Report of the Indian Hemp Drugs Commission, 1894-1895 - Volume VIII
Year: 1894
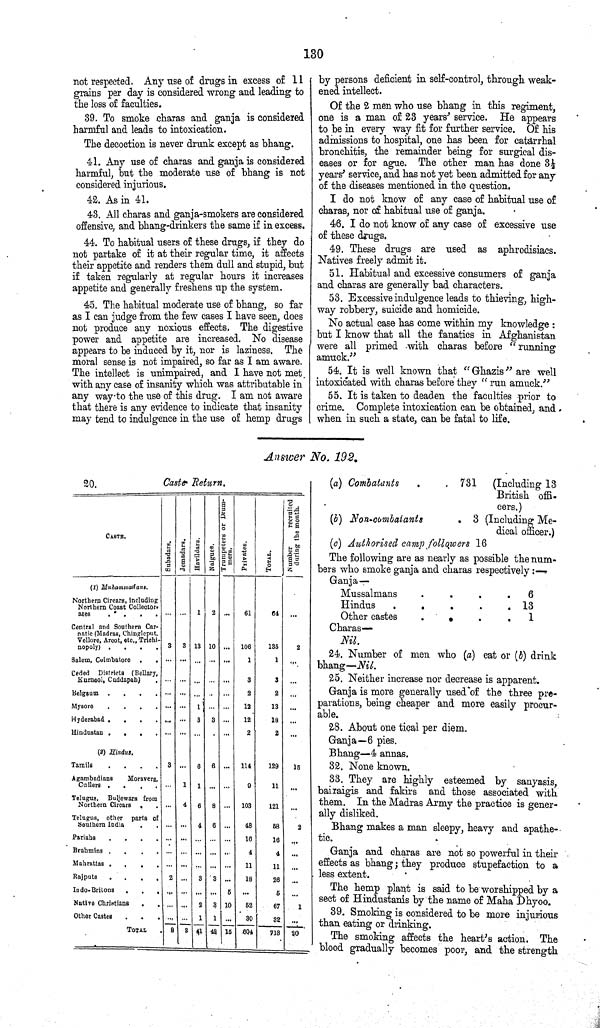
130
not respected. Any use of drugs in excess of 11
grains per day is considered wrong and leading to
the loss of faculties.
39. To smoke charas and ganja is considered
harmful and leads to intoxication.
The decoction is never drunk except as bhang.
41. Any use of charas and ganja is considered
harmful, but the moderate use of bhang is not
considered injurious.
42. As in 41.
43. All charas and ganja-smokers are considered
offensive, and bhang-drinkers the same if in excess.
44. To habitual users of these drugs, if they do
not partake of it at their regular time, it affects
their appetite and renders them dull and stupid, but
if taken regularly at regular hours it increases
appetite and generally freshens up the system.
45. The habitual moderate use of bhang, so far
as I can judge from the few cases I have seen, does
not produce any noxious effects. The digestive
power and appetite are increased. No disease
appears to be induced by it, nor is laziness. The
moral sense is not impaired, so far as I am aware.
The intellect is unimpaired, and I have not met
with any case of insanity which was attributable in
any way to the use of this drug. I am not aware
that there is any evidence to indicate that insanity
may tend to indulgence in the use of hemp drugs
by persons deficient in self-control, through weak¬
ened intellect.
Of the 2 men who use bhang in this regiment,
one is a man of 23 years' service. He appears
to be in every way fit for further service. Of his
admissions to hospital, one has been for catarrhal
bronchitis, the remainder being for surgical dis¬
eases or for ague. The other man has done 31/2
years' service, and has not yet been admitted for any
of the diseases mentioned in the question.
I do not know of any case of habitual use of
charas, nor of habitual use of ganja.
46. I do not know of any case of excessive use
of these drugs.
49. These drugs are used as aphrodisiacs.
Natives freely admit it.
51. Habitual and excessive consumers of ganja
and charas are generally bad characters.
53. Excessive indulgence leads to thieving, high¬
way robbery, suicide and homicide.
No actual case has come within my knowledge:
but I know that all the fanatics in Afghanistan
were all primed with charas before "running
amuck."
54. It is well known that "Ghazis" are well
intoxicated with charas before they "run amuck."
55. It is taken to deaden the faculties prior to
crime. Complete intoxication can be obtained, and
when in such a state, can be fatal to life.
Answer No. 192.
20.
Caste Return.
CASTE.
Subadars.
Jemadars. Havidars. Naigues. Trumpeters or Drum-
mers.
Privates. TOTAL. Number recruited
during the month.
(1) Muhammadans.
Northern Circars, including
Northern Coast Collector-
ates
Northern Circars, including
Northern Coast Collector-
ates
Northern Circars, including
Northern Coast Collector-
ates
1 2
61
64
Central and Southern Car-
natic (Madras, Chingleput.
Vellore, Arcot, etc., Trichi-
nopoly)
Central and Southern Car-
natic (Madras, Chingleput.
Vellore, Arcot, etc., Trichi-
nopoly)
Central and Southern Car-
natic (Madras, Chingleput.
Vellore, Arcot, etc., Trichi-
nopoly)
3 3 13 10
106
135
2
Salem,
Coimbatore
1
1
Ceded Districts (Bellary,
Kurnool, Cuddapah)
Ceded Districts (Bellary,
Kurnool, Cuddapah)
3
3
Belgaum
2
2
Mysore
1
12
13
Hyderabad
3 3
12
13
Hindustan
2
2
(3) Hindus.
Tamils
3
6 6
114
129
15
Agambadians Moravers.
Cullers
Agambadians Moravers.
Cullers
1 1
9
11
Telugus, Buliewars from
Northern Cirears
4 6 8
103
121
Telugus, other parts of
Southern India
Telugus, other parts of
Southern India
4 6
48
58
2
Pariahs
16
16
Brahmins
4
4
Mahrattas
11
11
Rajputs
2
3 3
18
26
Indo- Britons
5
5
Native Christiana
2 3 10
52
67
1
Other Castes
1 1
30
32
TOTAL
8 8 41 42 15 604
718 20
(a) Combatants
731 (Including 13
British offi-
cers.)
(Including 13
British offi-
cers.)
(Including 13
British offi-
cers.)
(b) Non-combatants
3 (Including Me¬
dical officer.)
(Including Me¬
dical officer.)
(c) Authorised camp followers 16
The following are as nearly as possible the num¬
bers who smoke ganja and charas respectively:—
Ganja—
Mussalmans
6
Hindus
13
Other castes
1
Charas—
Nil.
24. Number of men who (a) eat or (4) drink
bhang—Nil.
25. Neither increase nor decrease is apparent.
Ganja is more generally used of the three pre¬
parations, being cheaper and more easily procur¬
able.
23. About one tical per diem.
Ganja—6 pies.
Bhang—4 annas.
32. None known.
33. They are highly esteemed by sanyasis,
bairaigis and fakirs and those associated with
them. In the Madras Army the practice is gener-
ally disliked.
Bhang makes a man sleepy, heavy and apathe¬
tic.
Ganja and charas are not so powerful in their
effects as bhang; they produce stupefaction to a
less extent.
The hemp plant is said to be worshipped by a
sect of Hindustanis by the name of Maha Dhyoo.
39. Smoking is considered to be more injurious
than eating or drinking.
The smoking affects the heart's action. The
blood gradually becomes poor, and the strength